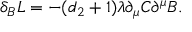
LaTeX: \delta _ { B } { \cal L } = - ( d _ { 2 } + 1 ) \lambda \partial _ { \mu } { \cal C } \partial ^ { \mu } B .